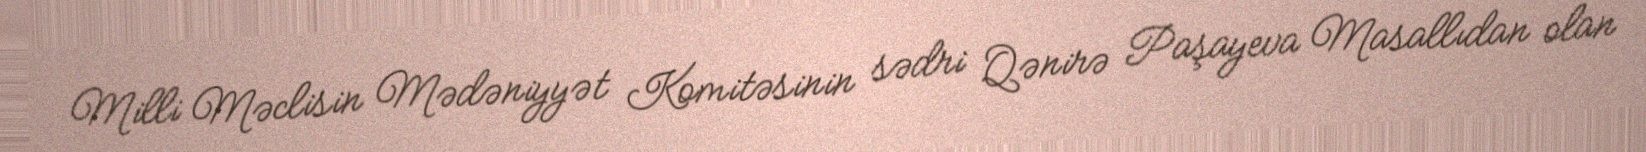
Milli Məclisin Mədəniyyət Komitəsinin sədri Qənirə Paşayeva Masallıdan olan